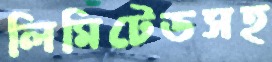
লিমিটেডসহ